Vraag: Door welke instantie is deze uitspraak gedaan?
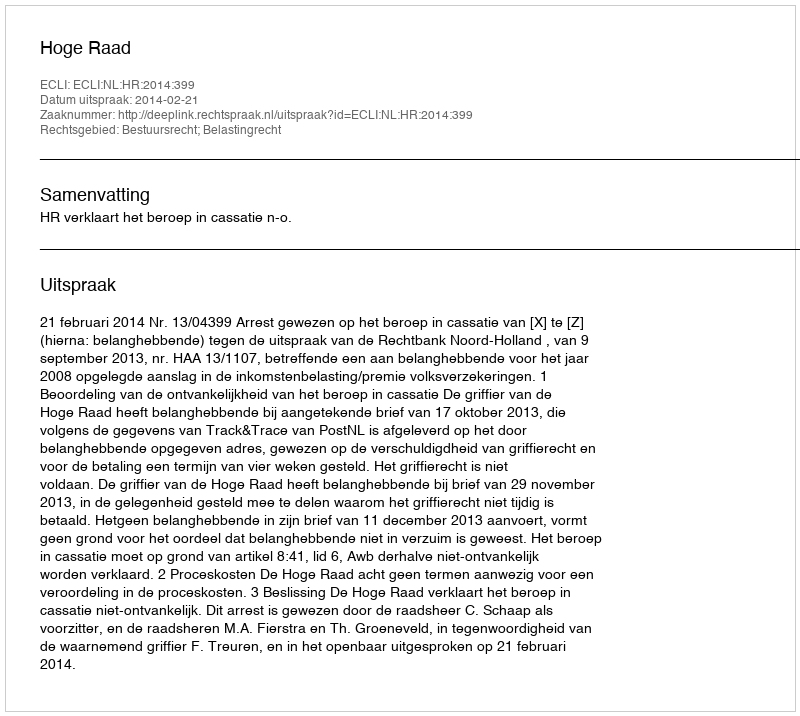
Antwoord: Hoge Raad